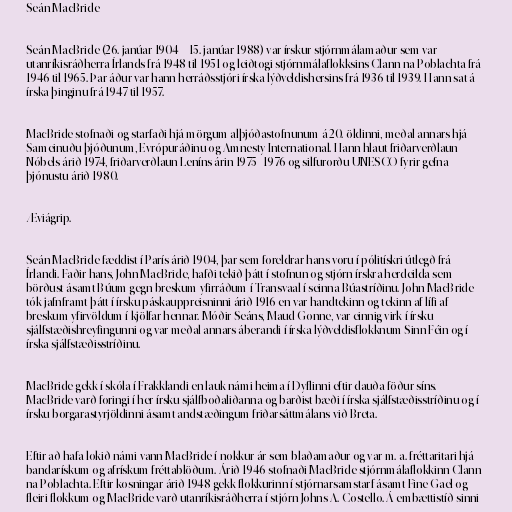
Seán MacBride

Seán MacBride (26. janúar 1904 – 15. janúar 1988) var írskur stjórnmálamaður sem var
utanríkisráðherra Írlands frá 1948 til 1951 og leiðtogi stjórnmálaflokksins Clann na Poblachta frá
1946 til 1965. Þar áður var hann herráðsstjóri írska lýðveldishersins frá 1936 til 1939. Hann sat á
írska þinginu frá 1947 til 1957.

MacBride stofnaði og starfaði hjá mörgum alþjóðastofnunum á 20. öldinni, meðal annars hjá
Sameinuðu þjóðunum, Evrópuráðinu og Amnesty International. Hann hlaut friðarverðlaun
Nóbels árið 1974, friðarverðlaun Leníns árin 1975–1976 og silfurorðu UNESCO fyrir gefna
þjónustu árið 1980.

Æviágrip.

Seán MacBride fæddist í París árið 1904, þar sem foreldrar hans voru í pólitískri útlegð frá
Írlandi. Faðir hans, John MacBride, hafði tekið þátt í stofnun og stjórn írskra herdeilda sem
börðust ásamt Búum gegn breskum yfirráðum í Transvaal í seinna Búastríðinu. John MacBride
tók jafnframt þátt í írsku páskauppreisninni árið 1916 en var handtekinn og tekinn af lífi af
breskum yfirvöldum í kjölfar hennar. Móðir Seáns, Maud Gonne, var einnig virk í írsku
sjálfstæðishreyfingunni og var meðal annars áberandi í írska lýðveldisflokknum Sinn Féin og í
írska sjálfstæðisstríðinu.

MacBride gekk í skóla í Frakklandi en lauk námi heima í Dyflinni eftir dauða föður síns.
MacBride varð foringi í her írsku sjálfboðaliðanna og barðist bæði í írska sjálfstæðisstríðinu og í
írsku borgarastyrjöldinni ásamt andstæðingum friðarsáttmálans við Breta.

Eftir að hafa lokið námi vann MacBride í nokkur ár sem blaðamaður og var m. a. fréttaritari hjá
bandarískum og afrískum fréttablöðum. Árið 1946 stofnaði MacBride stjórnmálaflokkinn Clann
na Poblachta. Eftir kosningar árið 1948 gekk flokkurinn í stjórnarsamstarf ásamt Fine Gael og
fleiri flokkum og MacBride varð utanríkisráðherra í stjórn Johns A. Costello. Á embættistíð sinni